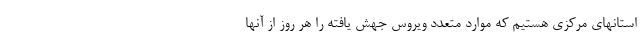
استانهای مرکزی هستیم که موارد متعدد ویروس جهش یافته را هر روز از آنها